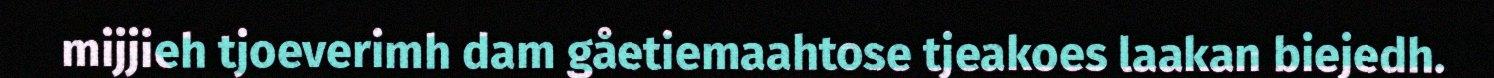
mijjieh tjoeverimh dam gåetiemaahtose tjeakoes laakan biejedh.